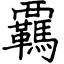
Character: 覊